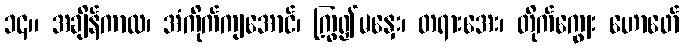
၁၄။ အချိန်ကာလ၊ အံကိုက်ကျအောင်၊ ကြွ၍မနှေး၊ တရားအေး၊ တိုက်ကျွေး ဟောဖော်